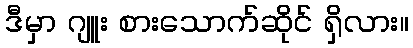
ဒီမှာ ဂျူး စားသောက်ဆိုင် ရှိလား။